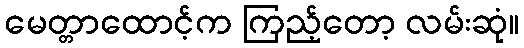
မေတ္တာထောင့်က ကြည့်တော့ လမ်းဆုံ။